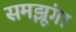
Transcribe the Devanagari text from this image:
समझूंगा